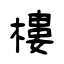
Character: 樓